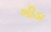
ગીડા